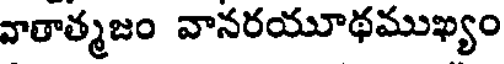
వాతాత్మజం వానరయూథముఖ్యం